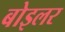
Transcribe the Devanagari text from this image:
बोइलर